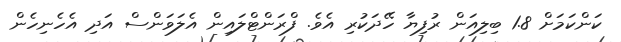
ކަންކަމަށް 1.8 ބިލިއަން ރުފިޔާ ހޭދަކުރި އެވެ. ފްރަންޓްލައިން އެލަވަންސް އަދި އެހެނިހެން